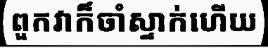
ពួកវាក៏ចាំស្ទាក់ហើយ